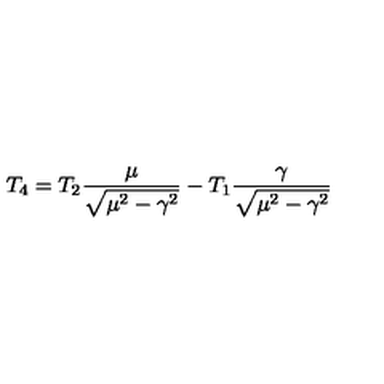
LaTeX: T _ { 4 } = T _ { 2 } \frac { \mu } { \sqrt { \mu ^ { 2 } - \gamma ^ { 2 } } } - T _ { 1 } \frac { \gamma } { \sqrt { \mu ^ { 2 } - \gamma ^ { 2 } } }